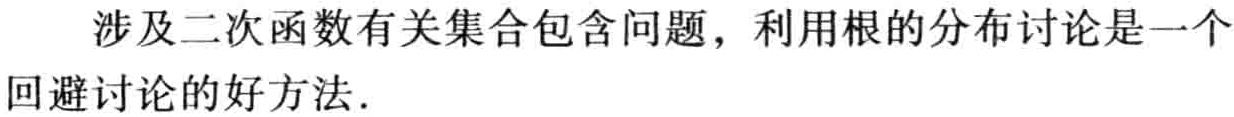
涉及二次函数有关集合包含问题，利用根的分布讨论是一个回避讨论的好方法.